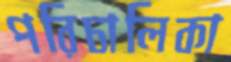
পরিচালিকা